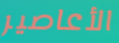
الأعاصير